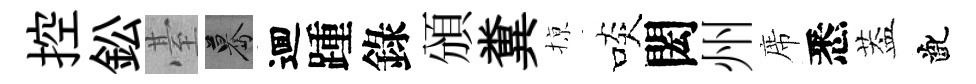
控鈆䑓驀逥踵錄頒糞𢱊啖閎州席悉葢齔